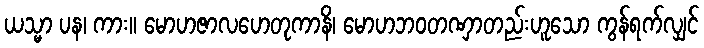
ယသ္မာ ပန၊ ကား။ မောဟဇာလဟေတုကာနိ၊ မောဟဘဝတဏှာတည်းဟူသော ကွန်ရက်လျှင်